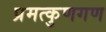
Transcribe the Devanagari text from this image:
प्रमत्कुणगण